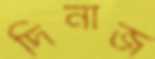
দিনাজ